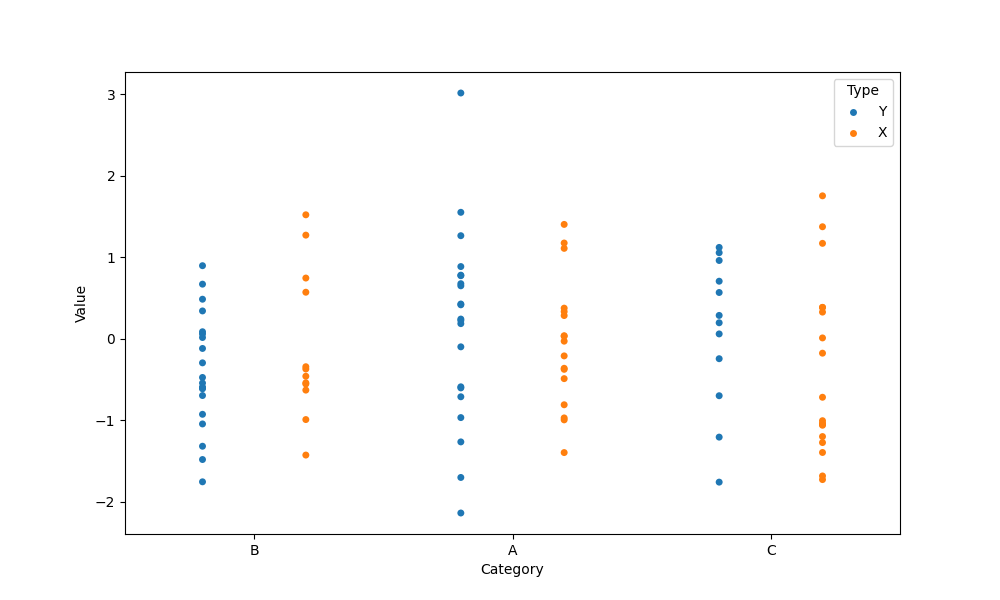
python, seaborn, stripplot, jitter=False, dodge=True, alpha=1.0, size=5